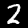
Label: 2